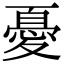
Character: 憂